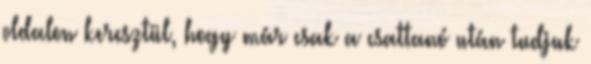
oldalon keresztül, hogy már csak a csattanó után tudjuk